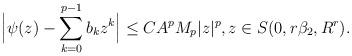
LaTeX: \begin{align*}\Big|\psi(z)-\sum_{k=0}^{p-1}b_kz^k \Big|\le CA^pM_{p}|z|^p,z\in S(0,r\beta_2,R^r).\end{align*}